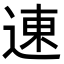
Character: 𬨮